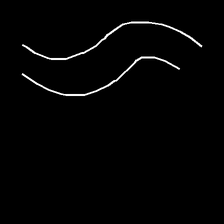
Glyph: float